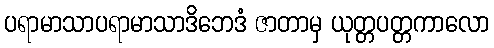
ပရာမာသာပရာမာသာဒိဘေဒံ ဇာတာမှ ယုတ္တပတ္တကာလော